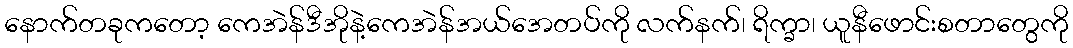
နောက်တခုကတော့ ကေအဲန်ဒီအိုနဲ့ကေအဲန်အယ်အေတပ်ကို လက်နက်၊ ရိက္ခာ၊ ယူနီဖောင်းစတာတွေကို